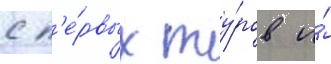
с п'е́рвых ту́ров и́